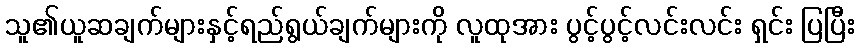
သူ၏ယူဆချက်များနှင့်ရည်ရွယ်ချက်များကို လူထုအား ပွင့်ပွင့်လင်းလင်း ရှင်း ပြပြီး